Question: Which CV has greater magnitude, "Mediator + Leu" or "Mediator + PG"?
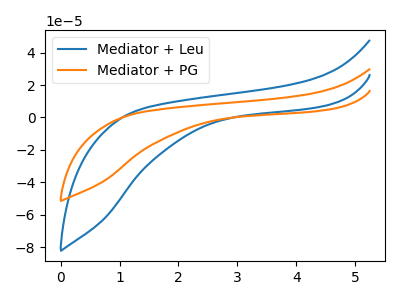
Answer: <think>The blue curve "Mediator + Leu" has no peaks. The orange curve "Mediator + PG" has no peaks.
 Neither "Mediator + Leu" or "Mediator + PG" have any peaks.</think>
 <answer>I cant tell if "Mediator + Leu" or "Mediator + PG" has more signal.</answer>
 <eval>mixed_signal</eval>